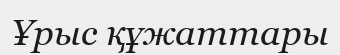
Ұрыс құжаттары